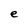
Character: e